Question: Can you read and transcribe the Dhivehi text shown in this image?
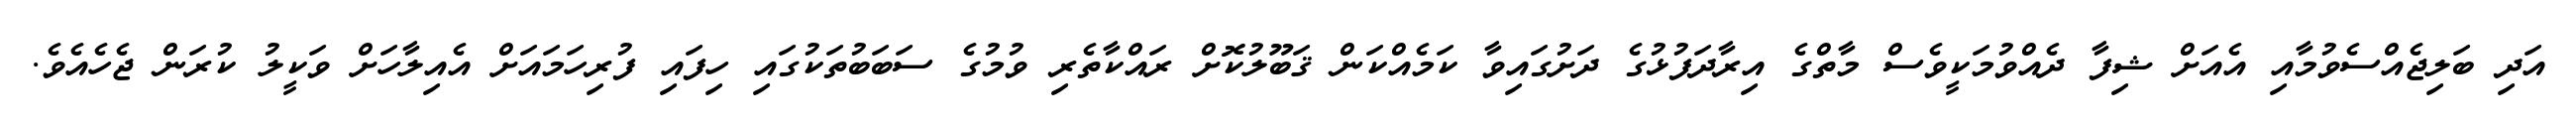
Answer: އަދި ބަލިޖެއްސެވުމާއި އެއަށް ޝިފާ ދެއްވުމަކީވެސް މާތްގެ އިރާދަފުޅުގެ ދަށުގައިވާ ކަމެއްކަން ޤަބޫލުކޮށް ރައްކާތެރި ވުމުގެ ސަބަބުތަކުގައި ހިފައި ފުރިހަމައަށް އެއިލާހަށް ވަކީލު ކުރަން ޖެހެއެވެ.